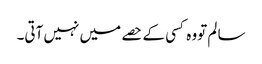
سا لم تووہ کسی کے حصے میں نہیں آتی۔